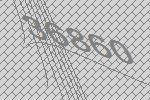
36860